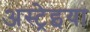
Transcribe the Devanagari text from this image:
अस्ट्रेइया